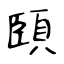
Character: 頣